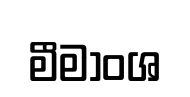
මීමාංශ